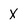
Character: X